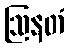
ဩနတံ